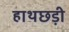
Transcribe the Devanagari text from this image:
हाथछड़ी